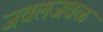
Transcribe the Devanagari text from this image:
जवलजवळ